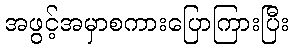
အဖွင့်အမှာစကားပြောကြားပြီး